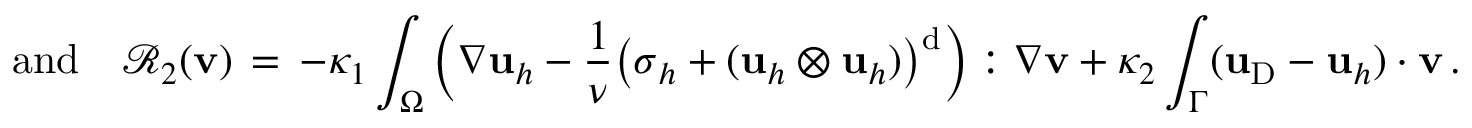
{ \quad \mathrm { a n d } \quad } \mathcal { R } _ { 2 } ( { \mathbf { v } } ) \, = \, - \kappa _ { 1 } \int _ { \Omega } \Big ( \nabla \mathbf { u } _ { h } - \frac { 1 } { \nu } \big ( { \boldsymbol \sigma } _ { h } + ( \mathbf { u } _ { h } \otimes \mathbf { u } _ { h } ) \big ) ^ { \mathrm { d } } \Big ) : \nabla { \mathbf { v } } + \kappa _ { 2 } \int _ { \Gamma } ( \mathbf { u } _ { \mathrm { D } } - \mathbf { u } _ { h } ) \cdot { \mathbf { v } } \, .